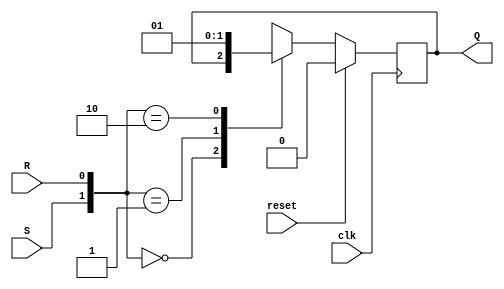
`timescale 1ns / 1ps

module SR_flipflop(
    input clk,reset,S,R, 
    output reg Q);
    
    always@(posedge clk)
          begin
            if(reset)
            Q <= 1'b0;
            else
                begin
                case({S,R})
                2'b00:Q<=Q;
                2'b01:Q<=1'b0;
                2'b10:Q<=1'b1;
                default: Q<= 2'bxx;
                endcase
                end          
         end

endmodule